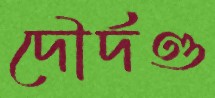
দৌর্দণ্ড